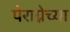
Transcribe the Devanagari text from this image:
पेराग्नेच्या